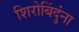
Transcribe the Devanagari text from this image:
शिरोबिंदुंना